Lock hospitals Punjab
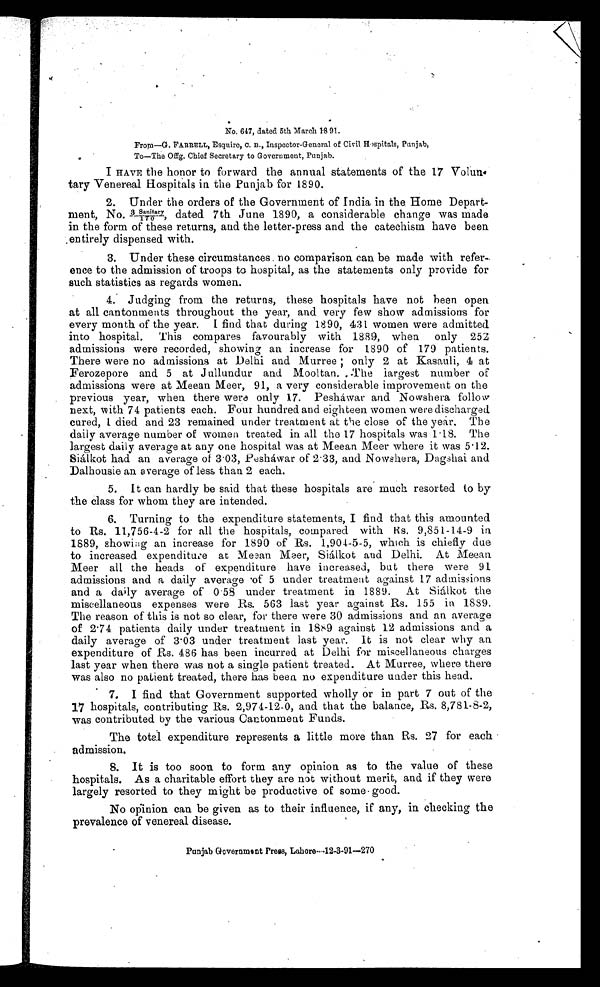
No. 647, dated 5th March 1891.
From—G. FARRELL, Esquire, C. B., Inspector-General of Civil Hospitals, Punjab,
To—The Offg. Chief Secretary to Government, Punjab.
I HAVE the honor to forward the annual statements of the 17 Volun
tart Venereal Hospitals in the Punjab for 1890.
2. Under the orders of the Government of India in the Home Depart-
me n t , No . 3 / 1 7 0 S a n i t a r y , d a t e d 7 t h J u n e 1 8 9 0 , a c o n s i d e r a b l e c h a n g e wa s ma d e
in the form of these returns, and the letter-press and the catechism have been
entirely dispensed with.
3. Under these circumstances no comparison can be made with refer-
ence to the admission of troops to hospital, as the statements only provide for
such statistics as regards women.
4. Judging from the returns, these hospitals have not been open
at all cantonments throughout the year, and very few show admissions for
every month of the year. I find that during 1890, 431 women were admitted
into hospital. This compares favourably with 1889, when only 252
admissions were recorded, showing an increase for 1890 of 179 patients.
There were no admissions at Delhi and Murree; only 2 at Kasauli, 4 at
Ferozepore and 5 at Jullundur and Mooltan. The largest number of
admissions were at Meean Meer, 91, a very considerable improvement on the
previous year, when there were only 17. Pesháwar and Nowshera follow
next, with 74 patients each. Four hundred and eighteen women were discharged.
cured, 1 died and 23 remained under treatment at the close of the year. The
daily average number of women treated in all the 17 hospitals was 1.18. The
largest daily average at any one hospital was at Meean Meer where it was 5.12.
Siálkot had an average of 3.03, Pesháwar of 2.33, and Nowshera, Dagshai and
Dalhousie an average of less than 2 each.
5. It can hardly be said that these hospitals are much resorted to by
the class for whom they are intended.
6. Turning to the expenditure statements, I find that this amounted
to Rs. 11,756-4-2 for all the hospitals, compared with 9,851-14-9 in
1889, showing an increase for 1890 of Rs. 1,901-5-5, which is chiefly due
to increased expenditure at Meean Meer, Siálkot and Delhi. At Meean
Meer all the heads of expenditure have increased, but there were 91
admissions and a daily average of 5 under treatment against 17 admissions
and a daily average of 0.58 under treatment in 1889. At Siálkot the
miscellaneous expenses were Rs. 563 last year against Rs. 155 in 1889.
The reason of this is not so clear, for there were 30 admissions and an average
of 2.74 patients daily under treatment in 1889 against 12 admissions and a
daily average of 3.03 under treatment last year. It is not clear why an
expenditure of Rs. 486 has been incurred at Delhi for miscellaneous charges
last year when there was not a single patient treated. At Murree, where there
was also no patient treated, there has beea no expenditure under this head.
7.
I find that Government supported wholly or in part 7 out of the
17 hospitals, contributing Rs. 2,974-12-0, and that the balance, Rs. 8,781-8-2,
was contributed by the various Cantonment Funds.
The total expenditure represents a little more than Rs. 27 for each
admission.
8. It is too soon to form any opinion as to the value of these
hospitals. As a charitable effort they are not without merit, and if they were
largely resorted to they might be productive of some good.
No opinion can be given as to their influence, if any, in checking the
prevalence of venereal disease.
Punjab Government Press, Lahore—12-3-91—270